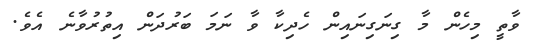
ވާތީ މިހެން މާ ގިނަގިނައިން ހެދިކާ ވާ ނަމަ ބަރުދަން އިތުރުވާނެ އެވެ.